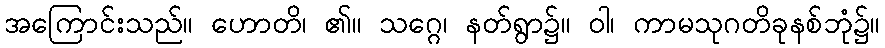
အကြောင်းသည်။ ဟောတိ၊ ၏။ သဂ္ဂေ၊ နတ်ရွာ၌။ ဝါ၊ ကာမသုဂတိခုနစ်ဘုံ၌။